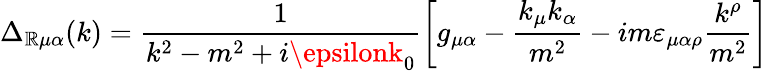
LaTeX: \Delta_{\mathbb{R}\mu\alpha}(k)=\frac{{1}}{{k^{2}-m^{2}+i\epsilonk_{0}}}\left[g_{\mu\alpha}-\frac{{k_{\mu}k_{\alpha}}}{{m^{2}}}-im\varepsilon_{\mu\alpha\rho}\frac{{k^{\rho}}}{{m^{2}}}\right]